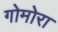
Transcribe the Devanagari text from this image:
गोमोरा